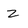
Character: Z